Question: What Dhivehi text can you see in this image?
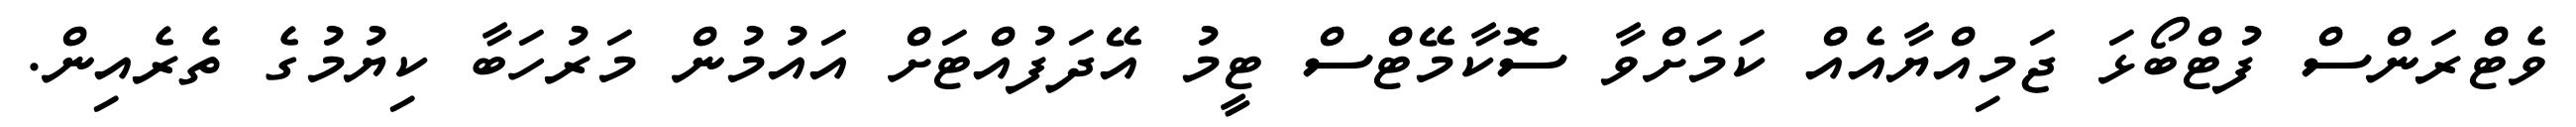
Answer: ވެޓްރަންސް ފުޓްބޯޅަ ޖަމިއްޔާއެއް ކަމަށްވާ ސޮކާމޭޓްސް ޓީމު އޭދަފުއްޓަށް އައުމުން މަރުހަބާ ކިޔުމުގެ ތެރެއިން.